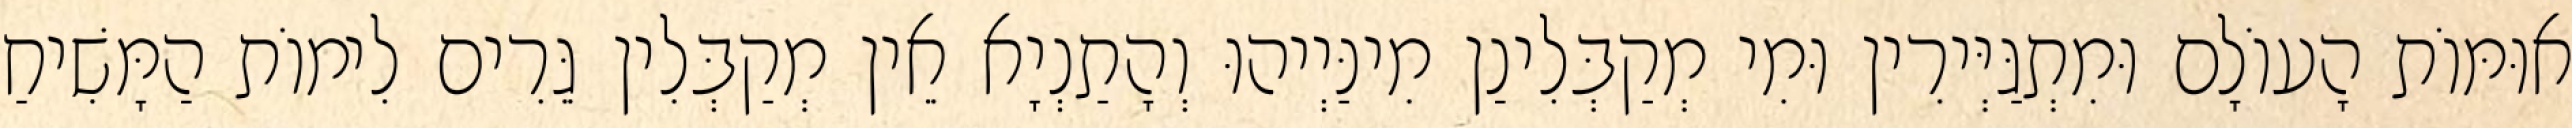
אוּמּוֹת הָעוֹלָם וּמִתְגַּיְּירִין וּמִי מְקַבְּלִינַן מִינַּיְיהוּ וְהָתַנְיָא אֵין מְקַבְּלִין גֵּרִים לִימוֹת הַמָּשִׁיחַ